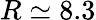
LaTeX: R\simeq 8.3